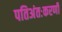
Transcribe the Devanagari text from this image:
पतिअंतःकरणी